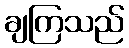
ချကြသည်